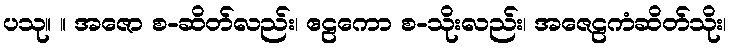
ပသု။ ။ အဇော စ-ဆိတ်လည်း၊ ဧဠကော စ-သိုးလည်း၊ အဇေဠကံဆိတ်သိုး၊